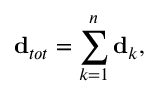
{ \bf d } _ { t o t } = \sum _ { k = 1 } ^ { n } { \bf d } _ { k } ,